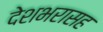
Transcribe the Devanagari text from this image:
देशभरासह